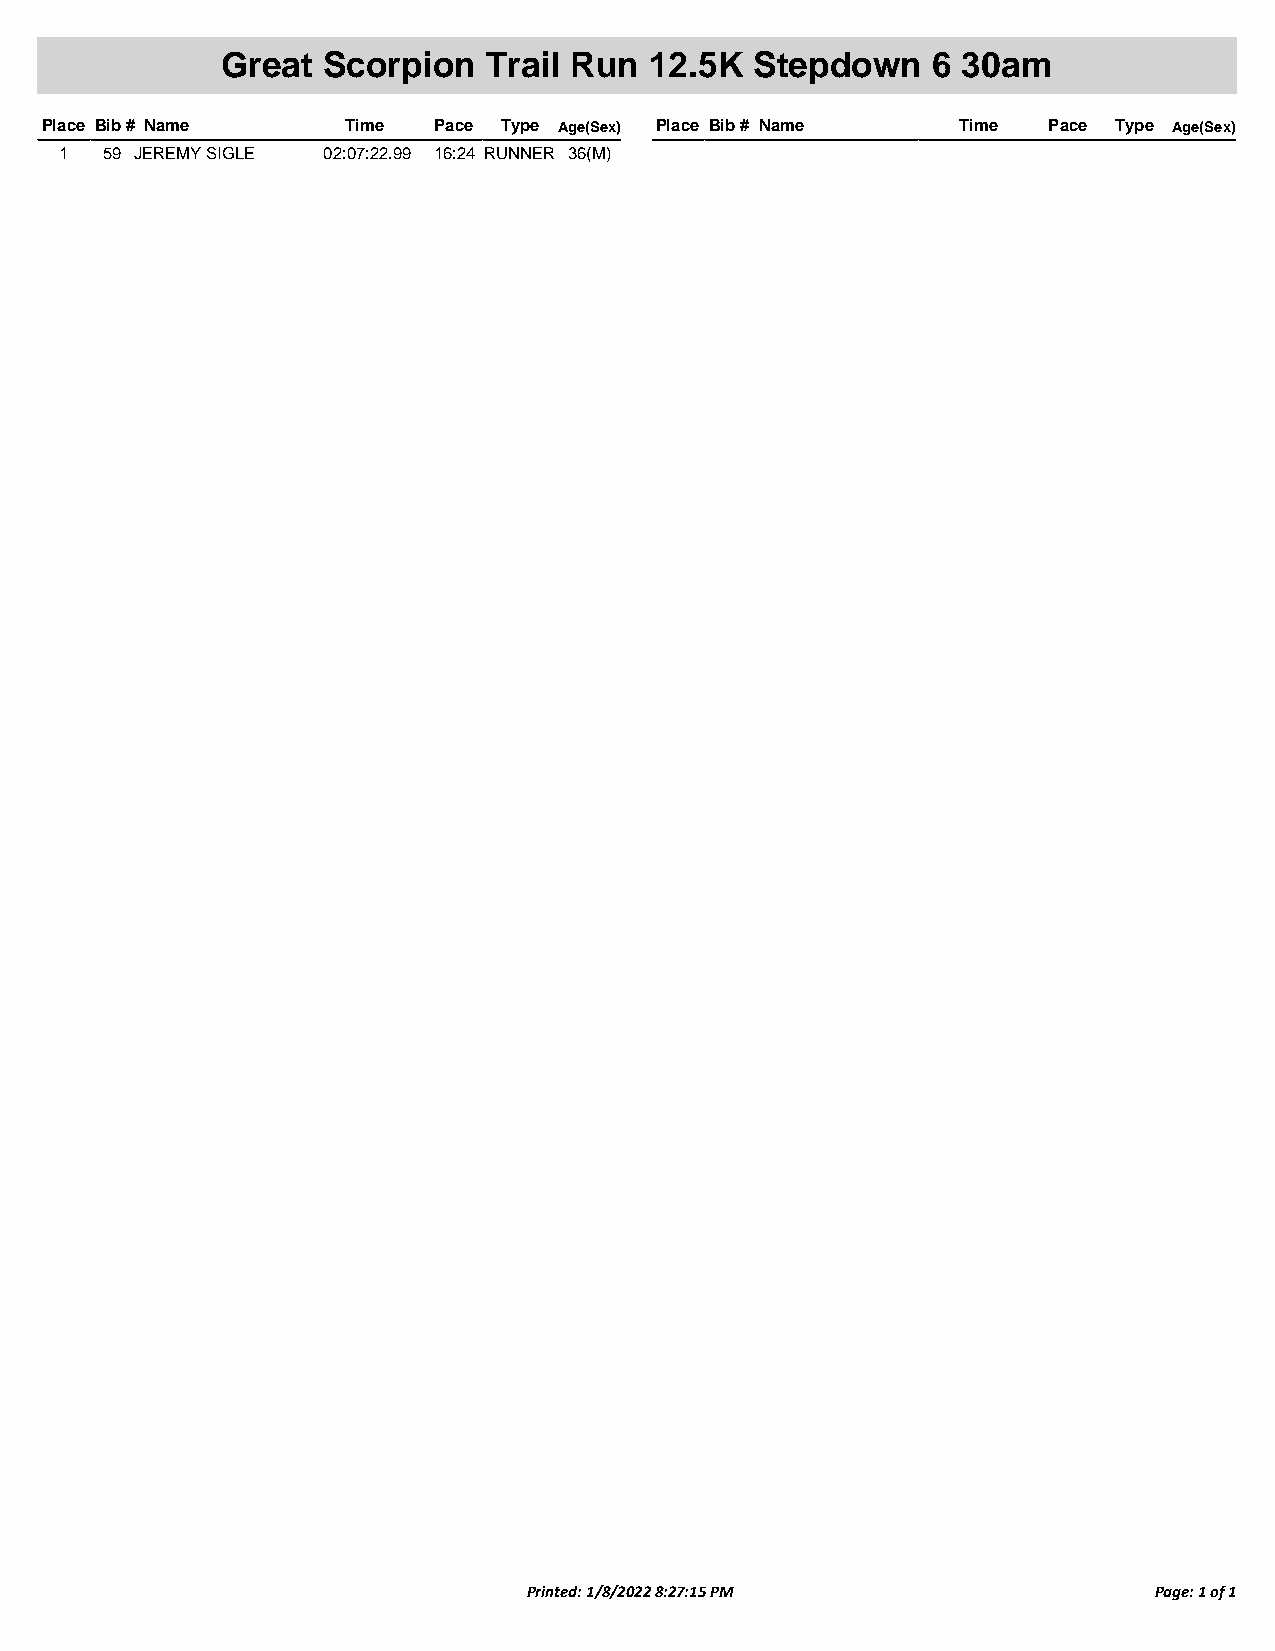
Great Scorpion   Trail Run  12.5K  Stepdown    6 30am
 Place Bib # Name    Time  Pace Type Age(Sex) Place Bib # Name Time Pace Type Age(Sex)
 1  59 JEREMY SIGLE 02:07:22.99 16:24 RUNNER 36(M)
 Printed: 1/8/2022 8:27:15 PM             Page: 1 of 1